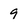
Character: 9